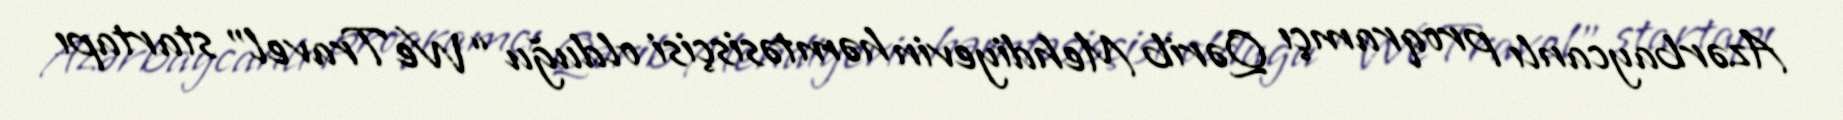
Azərbaycanlı proqramçı Qərib Mehdiyevin həmtəsisçisi olduğu “WeTravel” startapı